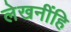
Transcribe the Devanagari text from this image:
लेखनींहि